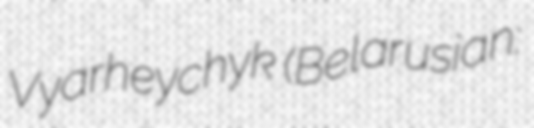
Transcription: Vyarheychyk (Belarusian: Юры